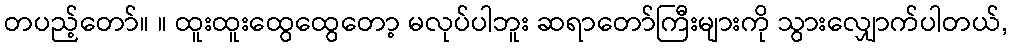
တပည့်တော်။ ။ ထူးထူးထွေထွေတော့ မလုပ်ပါဘူး ဆရာတော်ကြီးများကို သွားလျှောက်ပါတယ်,